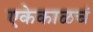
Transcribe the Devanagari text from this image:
एकेकाळचं